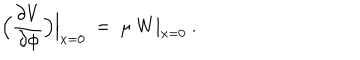
\Big ( { \frac { \partial V } { \partial \phi } } \Big ) \Big | _ { x = 0 } ~ = ~ \mu ~ W | _ { x = 0 } \ .